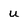
Character: u